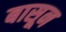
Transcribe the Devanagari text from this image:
बासून